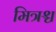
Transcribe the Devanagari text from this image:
मित्रश्च